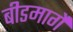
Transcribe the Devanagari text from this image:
बीडमार्गे